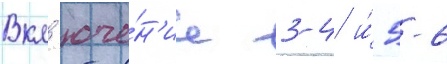
Вкл'юче́н'ие 3-4 и́ 5-6